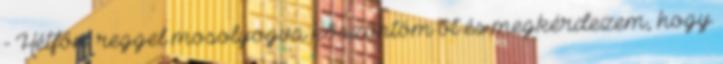
- Hétfőn: reggel mosolyogva köszöntöm őt és megkérdezem, hogy